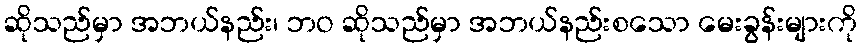
ဆိုသည်မှာ အဘယ်နည်း၊ ဘဝ ဆိုသည်မှာ အဘယ်နည်းစသော မေးခွန်းများကို